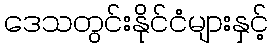
ဒေသတွင်းနိုင်ငံများနှင့်